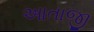
આતાજી